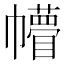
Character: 𢅴